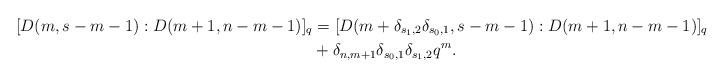
LaTeX: \begin{align*}[D(m,s-m-1):D(m+1,n-m-1)]_q&=[D(m+\delta_{s_1,2}\delta_{s_0,1},s-m-1):D(m+1,n-m-1)]_q&\\&+\delta_{n,m+1}\delta_{s_0,1}\delta_{s_1,2}q^{m}.\end{align*}